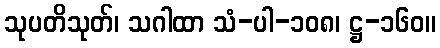
သုပတိသုတ်၊ သဂါထာ သံ-ပါ-၁၀၈၊ ဋ္ဌ-၁၆၀။